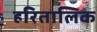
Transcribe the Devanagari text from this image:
हरितालिक